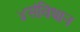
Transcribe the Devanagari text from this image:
४संविधान